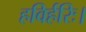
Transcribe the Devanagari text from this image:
हविर्हरिः।